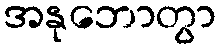
အနုဘောတွာ